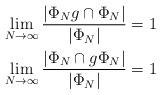
LaTeX: \begin{align*}\lim_{N \to \infty} \dfrac{|\Phi_N g \cap \Phi_N|}{|\Phi_N|}=1\\\lim_{N \to \infty} \dfrac{|\Phi_N \cap g \Phi_N|}{|\Phi_N|}=1\end{align*}